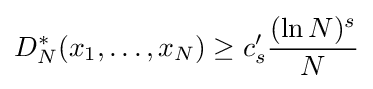
D_{N}^{*}(x_{1},\ldots ,x_{N})\geq c'_{s}{\frac {(\ln N)^{s}}{N}}